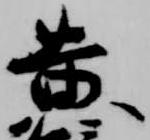
黄